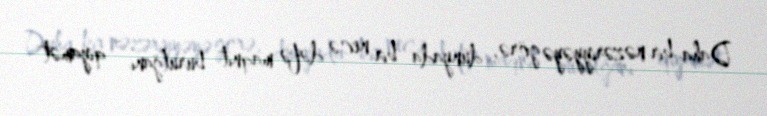
Daha bir nəzəriyyəyə görə, dünyada bir necə dəfə maqnit burulğanı - qiyamət